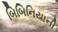
બિબિનિયાની